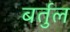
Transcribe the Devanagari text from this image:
बर्तुल